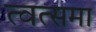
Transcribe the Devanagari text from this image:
त्वत्समा